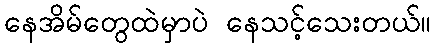
နေအိမ်တွေထဲမှာပဲ နေသင့်သေးတယ်။